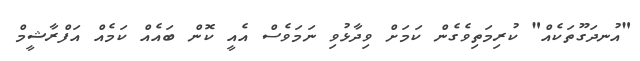
"އުނދަގޫތަކެއް" ކުރިމަތިވެގެން ކަމަށް ވިދާޅުވި ނަމަވެސް އެއީ ކޮން ބައެއް ކަމެއް އަފްރާާޝީމް